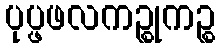
ပုပ္ဖဖလကဉ္စုကဉ္စ